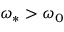
\omega _ { * } > \omega _ { 0 }